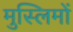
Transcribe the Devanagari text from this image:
मुस्‍लिमों